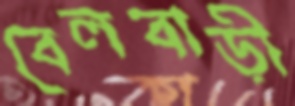
বেলবাড়ী